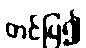
တင်ပြ၍